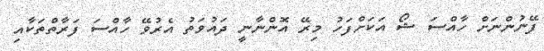
ފޭނުންނަށް ހާއްސަ ޝޯ އަކަށްފަހު މިރޭ އޮންނާނީ ދައުވަތު އެރުވޭ ހާއްސަ ފަރާތްތަކާއި